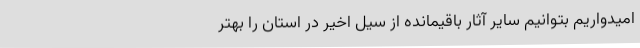
امیدواریم بتوانیم سایر آثار باقیمانده از سیل اخیر در استان را بهتر